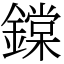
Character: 鏿